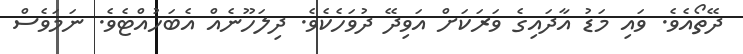
ދޭތޯއެވެ. ވައި މަޑު އާދައިގެ ވަރަކަށް އަވިދޭ ދުވަހެކެވެ. ދިލަހޫނެއް އެބަހުއްޓެވެ. ނަމަވެސް